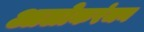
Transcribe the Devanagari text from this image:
आलोकरंजन